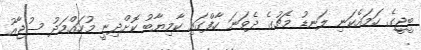
ބީޖީގެ ހަމައެކަނި ލަނޑު މެޗުގެ ދެވަނަ ހާފްގައި ކާމިޔާބު ކޮށްދިނީ މުހައްމަދު ސުޖާއު